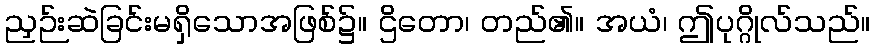
ညှဉ်းဆဲခြင်းမရှိသောအဖြစ်၌။ ဌိတော၊ တည်၏။ အယံ၊ ဤပုဂ္ဂိုလ်သည်။